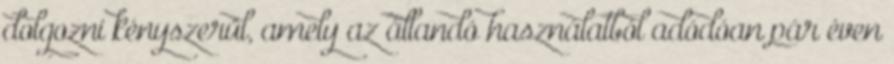
dolgozni kényszerül, amely az állandó használatból adódóan pár éven